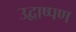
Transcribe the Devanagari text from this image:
उद्वाष्पण